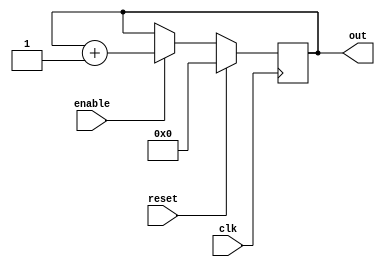
module counter (
    out,
    enable,
    clk,
    reset
);

output [31:0] out;
input enable, clk, reset;

reg [31:0] out;

always @(posedge clk)
    if (reset) begin
        out <= 31'b0 ;
    end else if (enable) begin
        out <= out + 1;
    end
endmodule